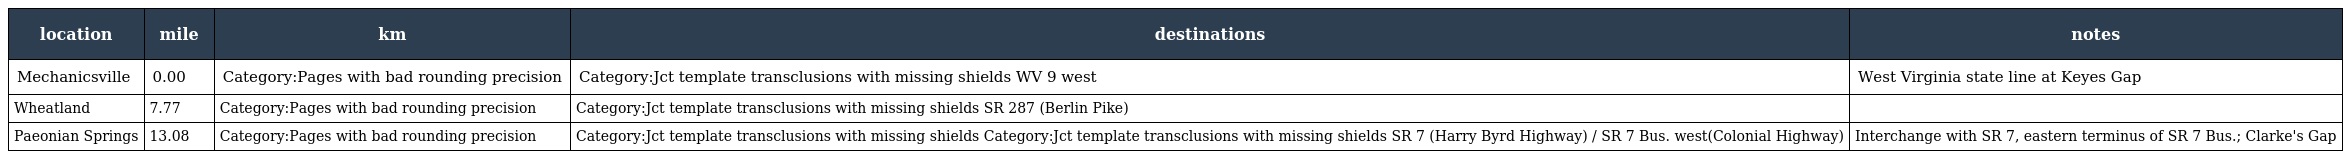
| location | mile | km | destinations | notes |
 | --- | --- | --- | --- | --- |
 | Mechanicsville | 0.00 | Category:Pages with bad rounding precision | Category:Jct template transclusions with missing shields WV 9 west | West Virginia state line at Keyes Gap |
 | Wheatland | 7.77 | Category:Pages with bad rounding precision | Category:Jct template transclusions with missing shields SR 287 (Berlin Pike) |  |
 | Paeonian Springs | 13.08 | Category:Pages with bad rounding precision | Category:Jct template transclusions with missing shields Category:Jct template transclusions with missing shields SR 7 (Harry Byrd Highway) / SR 7 Bus. west(Colonial Highway) | Interchange with SR 7, eastern terminus of SR 7 Bus.; Clarke's Gap |